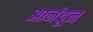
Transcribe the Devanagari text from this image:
आनंदून